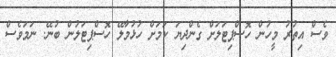
ވެސް އިތުރު މީހުން ހޮސްޕިޓަލަށް ގެންދިޔަ ކަމަށް ހުޅުމާލޭ ހޮސްޕިޓަލުން ބުނޭ. ނަމަވެސް